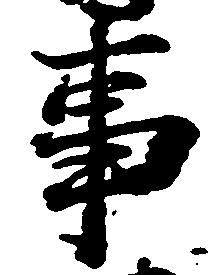
事